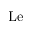
\mathrm { L e }